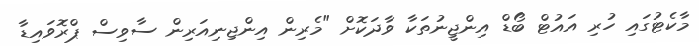
މާކެޓުގައި ހުރި އައުޓް ބޯޑް އިންޖީނުތަކާ ވާދަކޮށް "މެރިން އިންޖިނިއަރިން ސާވިސް ޕްރޮވައިޑާ